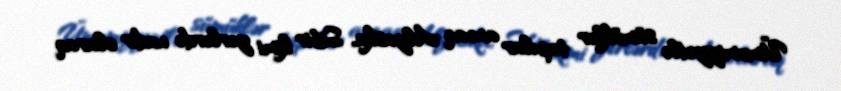
Ümumiyyətlə sümüklər tapılar ancaq Alyaska, Sibir kimi yerlərdə nadir olaraq